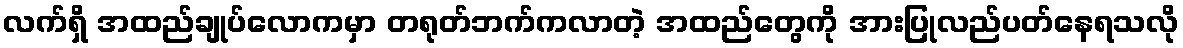
လက်ရှိ အထည်ချုပ်လောကမှာ တရုတ်ဘက်ကလာတဲ့ အထည်တွေကို အားပြုလည်ပတ်နေရသလို